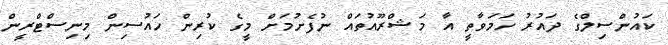
ކައުންސިލްގެ ދައުރު ހަމަވާތީ އާ މަޝްރޫއުތައް ނުފެށުމަށް މީގެ ކުރިން ހައުސިން މިނިސްޓްރީން